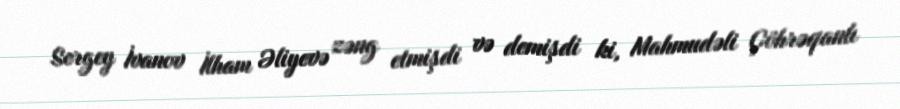
Sergey İvanov İlham Əliyevə zəng etmişdi və demişdi ki, Mahmudəli Çöhrəqanlı